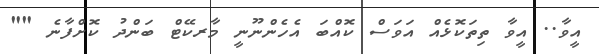
އީވާ.. އީވާ ތިތަކޮޅެއް އަވަސް ކޮއްބަ އެހެންނޫނީ މާރކޭޓް ބަންދު ކޮށްފާނެ ""